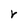
Character: r